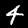
Label: 4